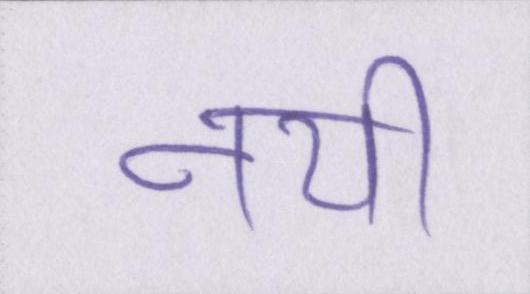
नयी